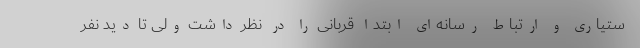
ستیاری و ارتباط رسانه‌ای ابتدا قربانی را در نظر داشت ولی تا دید نفر